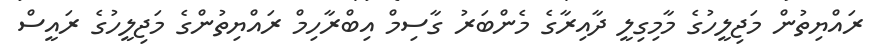
ރައްޔިތުން މަޖިލީހުގެ މާމިގިލީ ދާއިރާގެ މެންބަރު ގާސިމް އިބްރާހިމް ރައްޔިތުންގެ މަޖިލީހުގެ ރައީސް